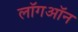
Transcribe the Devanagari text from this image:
लॉगऑन